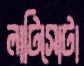
লাটিসোটা